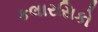
કલારસિકો